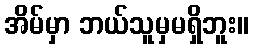
အိမ်မှာ ဘယ်သူမှမရှိဘူး။